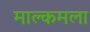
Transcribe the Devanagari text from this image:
माल्कमला